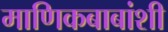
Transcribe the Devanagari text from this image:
माणिकबाबांशी